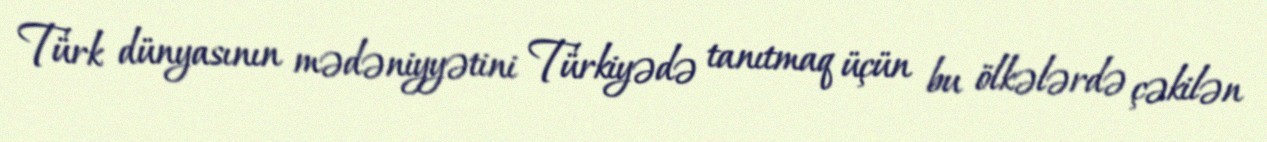
Türk dünyasının mədəniyyətini Türkiyədə tanıtmaq üçün bu ölkələrdə çəkilən